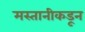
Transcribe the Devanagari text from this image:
मस्तानीकडून